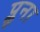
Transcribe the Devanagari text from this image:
प्लूना